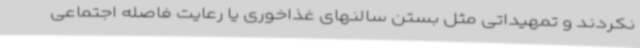
نکردند و تمهیداتی مثل بستن سالنهای غذاخوری یا رعایت فاصله اجتماعی